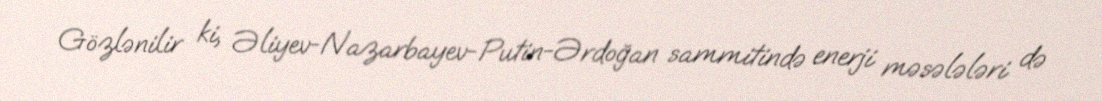
Gözlənilir ki, Əliyev-Nazarbayev-Putin-Ərdoğan sammitində enerji məsələləri də